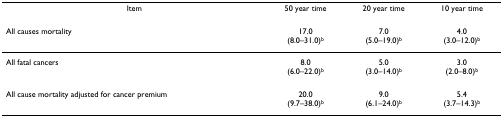
<table><thead><tr><td><b>Item</b></td><td><b>50 year time</b></td><td><b>20 year time</b></td><td><b>10 year time</b></td></tr></thead><tbody><tr><td>All causes mortality</td><td>17.0(8.0–31.0)<sup>b</sup></td><td>7.0(5.0–19.0)<sup>b</sup></td><td>4.0(3.0–12.0)<sup>b</sup></td></tr><tr><td>All fatal cancers</td><td>8.0(6.0–22.0)<sup>b</sup></td><td>5.0(3.0–14.0)<sup>b</sup></td><td>3.0(2.0–8.0)<sup>b</sup></td></tr><tr><td>All cause mortality adjusted for cancer premium</td><td>20.0(9.7–38.0)<sup>b</sup></td><td>9.0(6.1–24.0)<sup>b</sup></td><td>5.4(3.7–14.3)<sup>b</sup></td></tr></tbody></table>